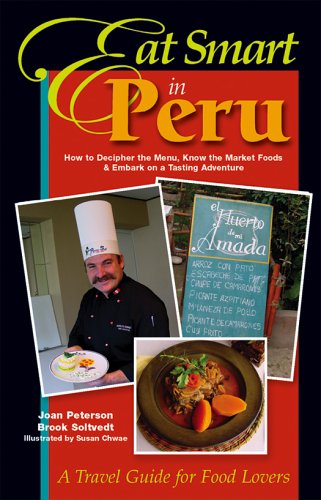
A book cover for Eat Smart in Peru: How to Decipher the Menu, Know the Market Foods & Embark on a Tasting Adventure; Joan Peterson; Travel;